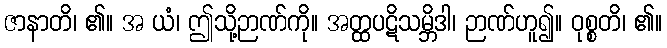
ဇာနာတိ၊ ၏။ အ ယံ၊ ဤသို့ဉာဏ်ကို။ အတ္ထပဋိသမ္ဘိဒါ၊ ဉာဏ်ဟူ၍။ ဝုစ္စတိ၊ ၏။